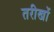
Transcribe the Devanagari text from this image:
तरीखों